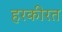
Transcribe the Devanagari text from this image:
हरकीरत